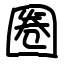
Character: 圈